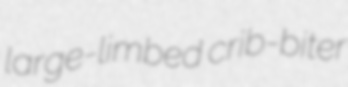
large-limbed crib-biter